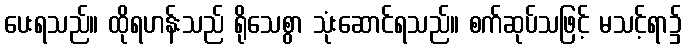
ပေးရသည်။ ထိုရဟန်းသည် ရိုသေစွာ သုံးဆောင်ရသည်။ စက်ဆုပ်သဖြင့် မသင့်ရာ၌